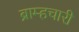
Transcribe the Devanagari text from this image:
ब्राम्हचारी